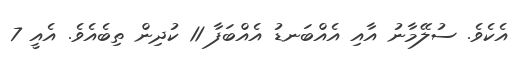
އެކެވެ. ސުލޭމާނު އާއި އެއްބަނޑު އެއްބަފާ 11 ކުދިން ތިބެއެވެ. އެއީ 7